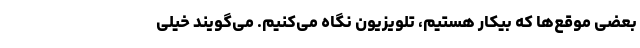
بعضی موقع‌ها که بیکار هستیم، تلویزیون نگاه می‌کنیم. می‌گویند خیلی